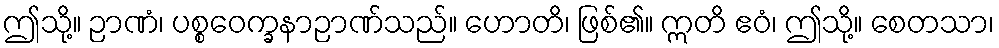
ဤသို့။ ဉာဏံ၊ ပစ္စဝေက္ခနာဉာဏ်သည်။ ဟောတိ၊ ဖြစ်၏။ ဣတိ ဧဝံ၊ ဤသို့။ စေတသာ၊